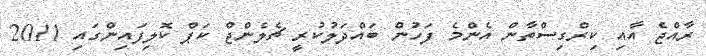
ރާއްޖެ އާއި ކިރްގިސްތާން އެންމެ ފަހުން ބައްދަލުކުރީ ޗެލެންޖް ކަޕް ކޮލިފައިންގައި 2011